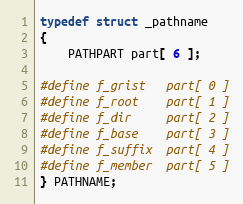
Language: C
typedef struct _pathname
{
    PATHPART part[ 6 ];

#define f_grist   part[ 0 ]
#define f_root    part[ 1 ]
#define f_dir     part[ 2 ]
#define f_base    part[ 3 ]
#define f_suffix  part[ 4 ]
#define f_member  part[ 5 ]
} PATHNAME;